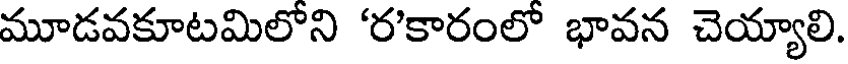
మూడవకూటమిలోని 'ర'కారంలో భావన చెయ్యాలి.